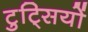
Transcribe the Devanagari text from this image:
टुट्सियों